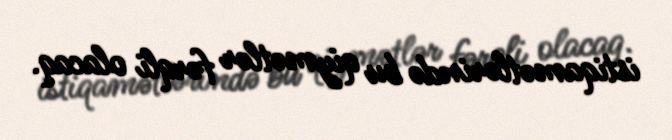
istiqamətlərində bu qiymətlər fərqli olacaq.